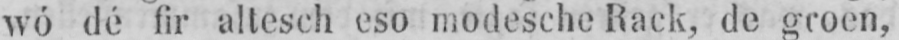
wó dé fir altesch eso modesche Rack, de groen,